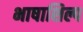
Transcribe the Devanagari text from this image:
भाषाशिल्प